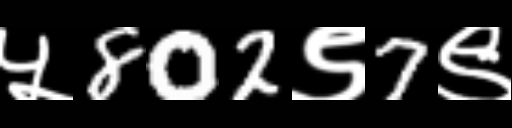
Text: ५802९7९